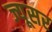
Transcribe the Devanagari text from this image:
ज्यूसर